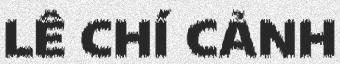
LÊ CHÍ CẢNH